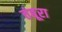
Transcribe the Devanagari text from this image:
तंबूरा